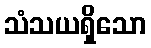
သံသယရှိသော